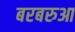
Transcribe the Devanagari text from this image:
बरबरुआ